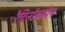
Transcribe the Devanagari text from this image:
रैटिनॉस्कोप